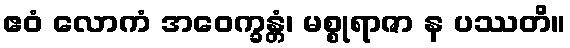
ဧဝံ လောကံ အဝေက္ခန္တံ၊ မစ္စုရာဇာ န ပဿတိ။